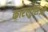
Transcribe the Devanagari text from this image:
कारलुसिओ